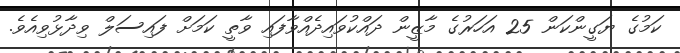
ކަމުގެ ޔަގީންކަން 25 އަހަރުގެ މާޒީން ދައްކުވައިދެއްވާފައި ވާތީ ކަމަށް ފައިސަލް ވިދާޅުވިއެވެ.